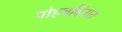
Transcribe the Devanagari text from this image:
पोहचवितात